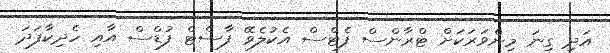
އަދި ގިނަ މިންވަރަކަށް ޓްރާންސް ފެޓްސް އެކުލެވޭ ފާސްޓް ފުޑްސް އާއި ހެދިކާފަދަ